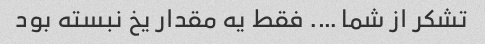
تشکر از شما …. فقط یه مقدار یخ نبسته بود